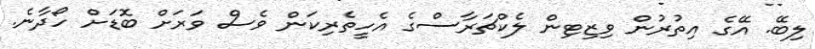
ލިބޭ. އޭގެ އިތުރުން ވިޒިޓިން ލެކްޗަރާސްގެ އެހީތެރިކަން ވެސް ވަރަށް ބޮޑަށް ހޯދާނެ.